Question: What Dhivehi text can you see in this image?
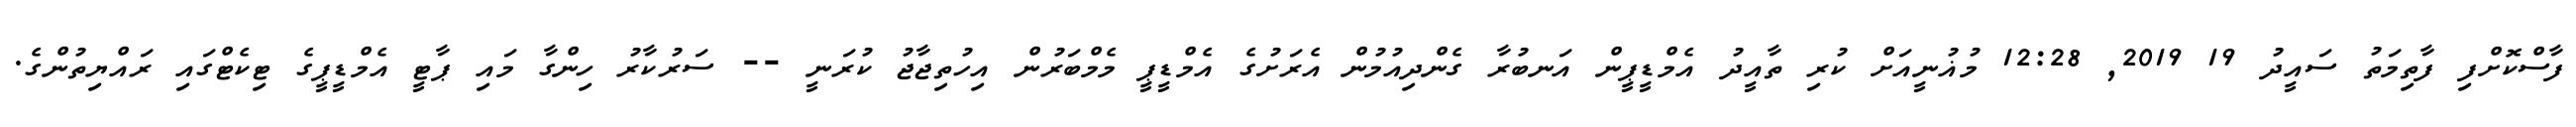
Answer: ފާސްކޮށްފި ފާތިމަތު ސައީދު 19 2019, 12:28 މުޣުނީއަށް ކުރި ތާއީދު އެމްޑީޕީން އަނބުރާ ގެންދިއުމުން އެރަށުގެ އެމްޑީޕީ މެމްބަރުން އިހުތިޖާޖު ކުރަނީ -- ސަރުކާރު ހިންގާ މައި ޕާޓީ އެމްޑީޕީގެ ޓިކެޓްގައި ރައްޔިތުންގެ.